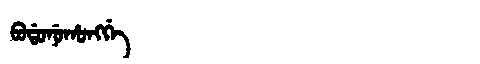
Manchu: ᠪᠣᡩᠣᠨᡠᡥᠣᠩᡤᡝ
Romanization: BODONUHONGGE